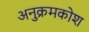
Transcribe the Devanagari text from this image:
अनुक्रमकोश